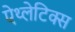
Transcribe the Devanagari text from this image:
ऐथ्लेटिक्स